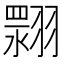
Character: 𮋏